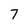
Character: 7